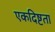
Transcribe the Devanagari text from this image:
एकदिष्टता